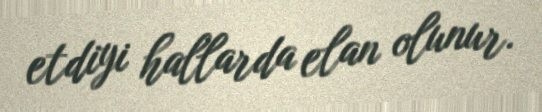
etdiyi hallarda elan olunur.